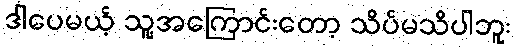
ဒါပေမယ့် သူ့အကြောင်းတော့ သိပ်မသိပါဘူး